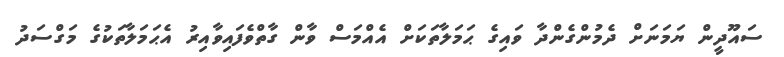
ސައޫދީން ޔަމަނަށް ދެމުންގެންދާ ވައިގެ ޙަމަލާތަކަށް އެއްމަސް ވާން ގާތްވެފައިވާއިރު އެޙަމަލާތަކުގެ މަގްސަދު